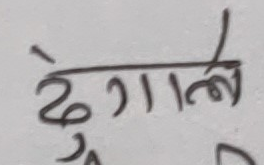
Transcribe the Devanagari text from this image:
डेगाल्ले